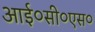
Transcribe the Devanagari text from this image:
आई०सी०एस०